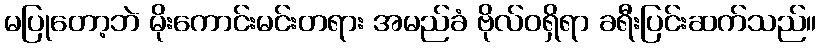
မပြုတော့ဘဲ မိုးကောင်းမင်းတရား အမည်ခံ ဗိုလ်ဝရှိရာ ခရီးပြင်းဆက်သည်။